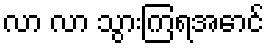
လာ လာ သွားကြရအောင်